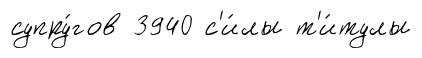
супру́гов 3940 с'и́лы т'и́тулы